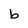
Character: b